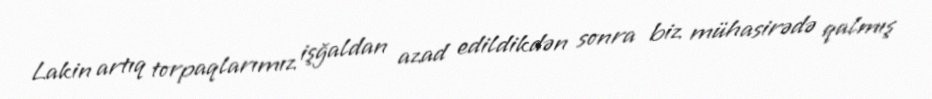
Lakin artıq torpaqlarımız işğaldan azad edildikdən sonra biz mühasirədə qalmış